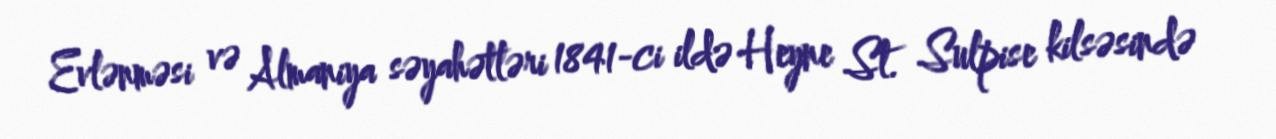
Evlənməsi və Almaniya səyahətləri 1841-ci ildə Heyne St. Sulpise kilsəsində